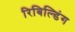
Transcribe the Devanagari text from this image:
रिबिल्डिंग